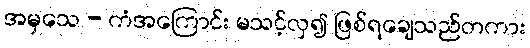
အမှသေ - ကံအကြောင်း မသင့်လှ၍ ဖြစ်ရချေသည်တကား